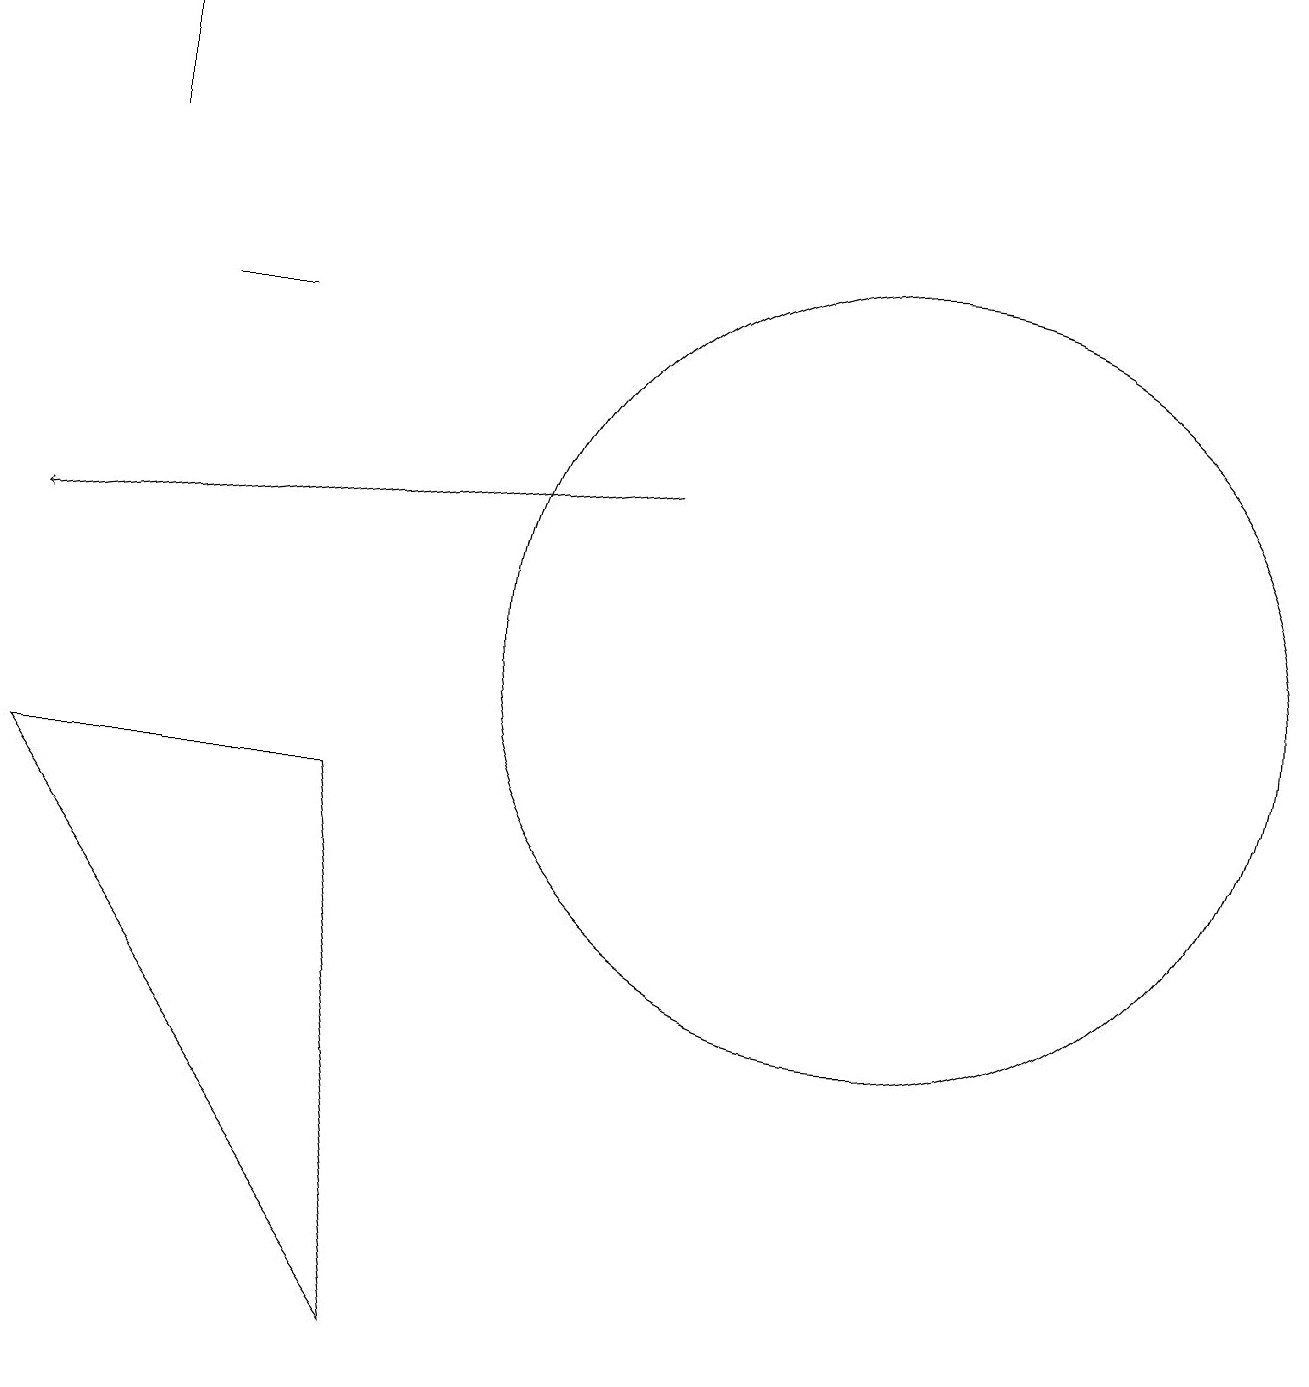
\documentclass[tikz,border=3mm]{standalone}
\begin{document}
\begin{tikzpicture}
\draw (11,11) circle (5);
\draw[->] (1,17) -- (1,19);
\draw[->] (8,13) -- (0,12);
\draw (4,9) -- (0,9) -- (5,2) -- cycle;
\draw (2,15) rectangle (3,15);
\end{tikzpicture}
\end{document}